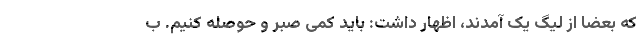
که بعضا از لیگ یک آمدند، اظهار داشت: باید کمی صبر و حوصله کنیم. ب